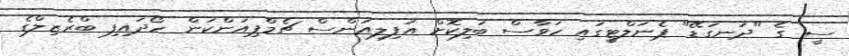
ސީ ގެ "ދަނގަޑޭ" ޕެނަލްޓީގައި ހަވާސް ބަލިކޮށް އަފިލިއަންސް ޗެމްޕިއަންކަން ހޯދައިފި ބްރެޒިލްގެ